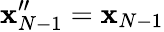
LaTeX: \mathbf{x}_{N-1}^{\prime\prime}=\mathbf{x}_{N-1}